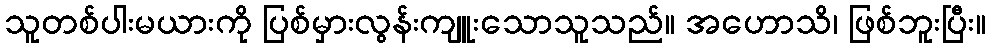
သူတစ်ပါးမယားကို ပြစ်မှားလွန်းကျူးသောသူသည်။ အဟောသိ၊ ဖြစ်ဘူးပြီး။